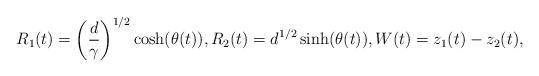
LaTeX: \begin{align*}R_{1}(t)=\left(\frac{d}{\gamma}\right)^{1/2}\cosh(\theta(t)), R_{2}(t)=d^{1/2}\sinh(\theta(t)), W(t)=z_{1}(t)-z_{2}(t),\end{align*}